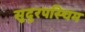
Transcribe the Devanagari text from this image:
सुदुरपस्चिम